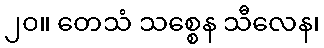
၂၀။ တေသံ သစ္စေန သီလေန၊